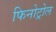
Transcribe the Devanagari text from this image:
फिनोट्रोल